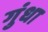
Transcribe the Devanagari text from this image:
गुंधा